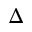
\Delta